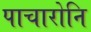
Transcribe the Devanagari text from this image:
पाचारोनि